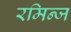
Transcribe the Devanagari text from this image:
रमिन्ज